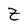
Character: Z